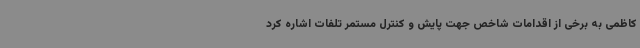
کاظمی به برخی از اقدامات شاخص جهت پایش و کنترل مستمر تلفات اشاره کرد